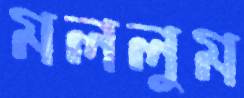
মললুম